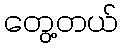
တွေ့တယ်